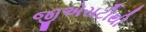
જીએસટીથી